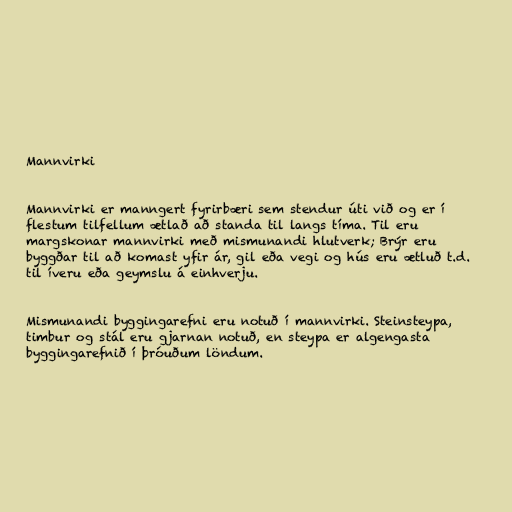
Mannvirki

Mannvirki er manngert fyrirbæri sem stendur úti við og er í
flestum tilfellum ætlað að standa til langs tíma. Til eru
margskonar mannvirki með mismunandi hlutverk; Brýr eru
byggðar til að komast yfir ár, gil eða vegi og hús eru ætluð t.d.
til íveru eða geymslu á einhverju.

Mismunandi byggingarefni eru notuð í mannvirki. Steinsteypa,
timbur og stál eru gjarnan notuð, en steypa er algengasta
byggingarefnið í þróuðum löndum.